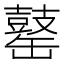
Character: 𪔕